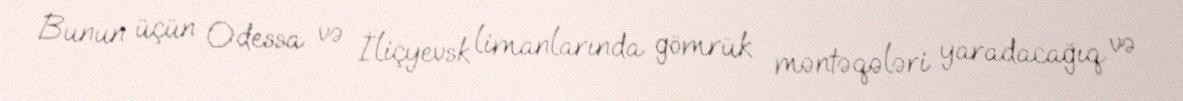
Bunun üçün Odessa və İliçyevsk limanlarında gömrük məntəqələri yaradacağıq və